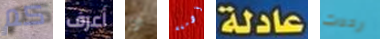
كم أعرف ان أدمغة عادلة رددت